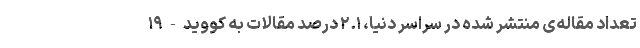
تعداد مقاله‌ی منتشر شده در سراسر دنیا، ۲.۱ درصد مقالات به کووید-۱۹